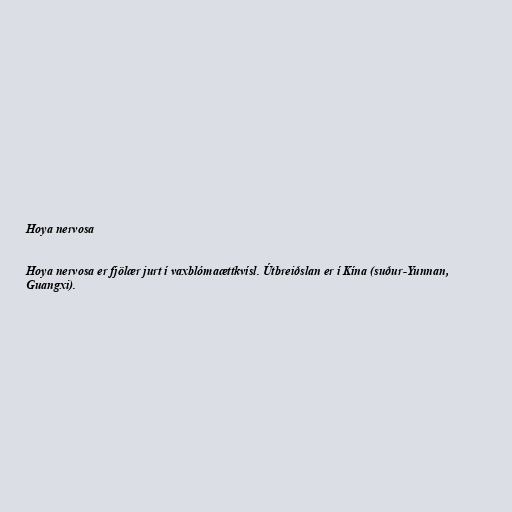
Hoya nervosa

Hoya nervosa er fjölær jurt í vaxblómaættkvísl. Útbreiðslan er í Kína (suður-Yunnan,
Guangxi).